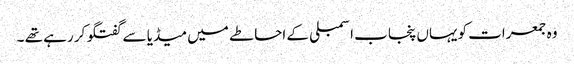
وہ جمعرات کویہاں پنجاب اسمبلی کے احاطے میں میڈیا سے گفتگو کر رہے تھے ۔